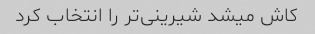
کاش میشد شیرینی‌تر را انتخاب کرد